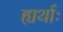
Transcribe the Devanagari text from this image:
ह्यर्थाः